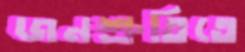
জনশ্রুতিতে